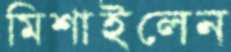
মিশাইলেন